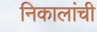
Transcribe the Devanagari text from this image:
निकालांची